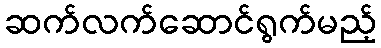
ဆက်လက်ဆောင်ရွက်မည့်